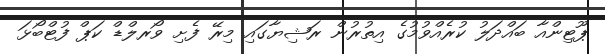
ޕޫޓިންއާ ބައްދަލު ކުރެއްވުމުގެ އިތުރުން ރަޝިޔާގައި މިރޭ ފެށި ވޯރލްޑް ކަޕް ފުޓްބޯޅަ